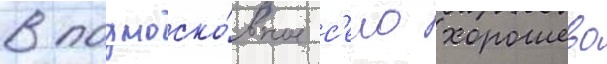
в подмоско́вное с'ело хорошево